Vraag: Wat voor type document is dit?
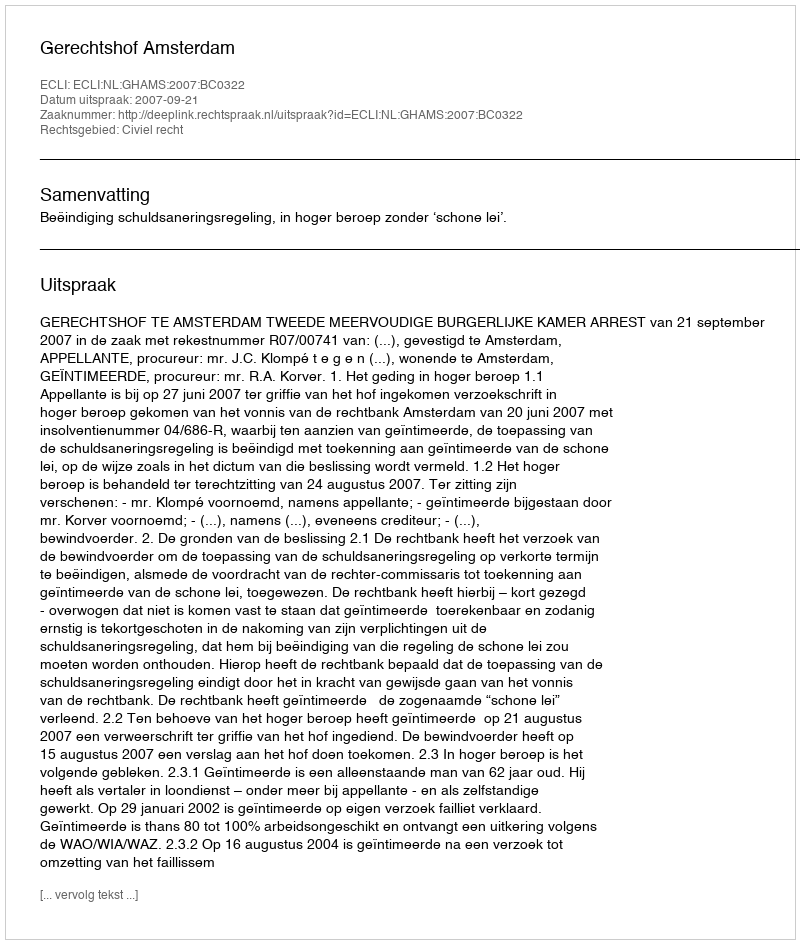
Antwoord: Uitspraak